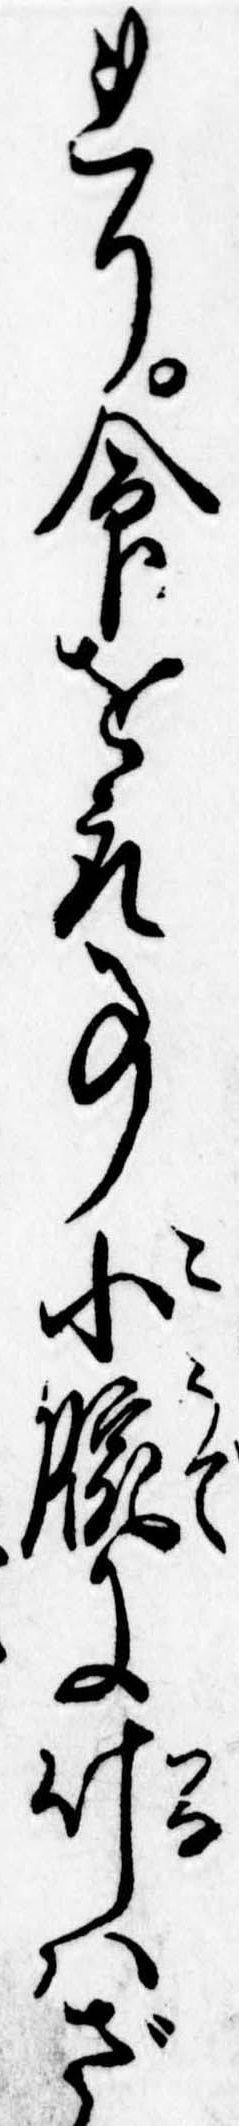
れり命を取事小腕に叶はざ